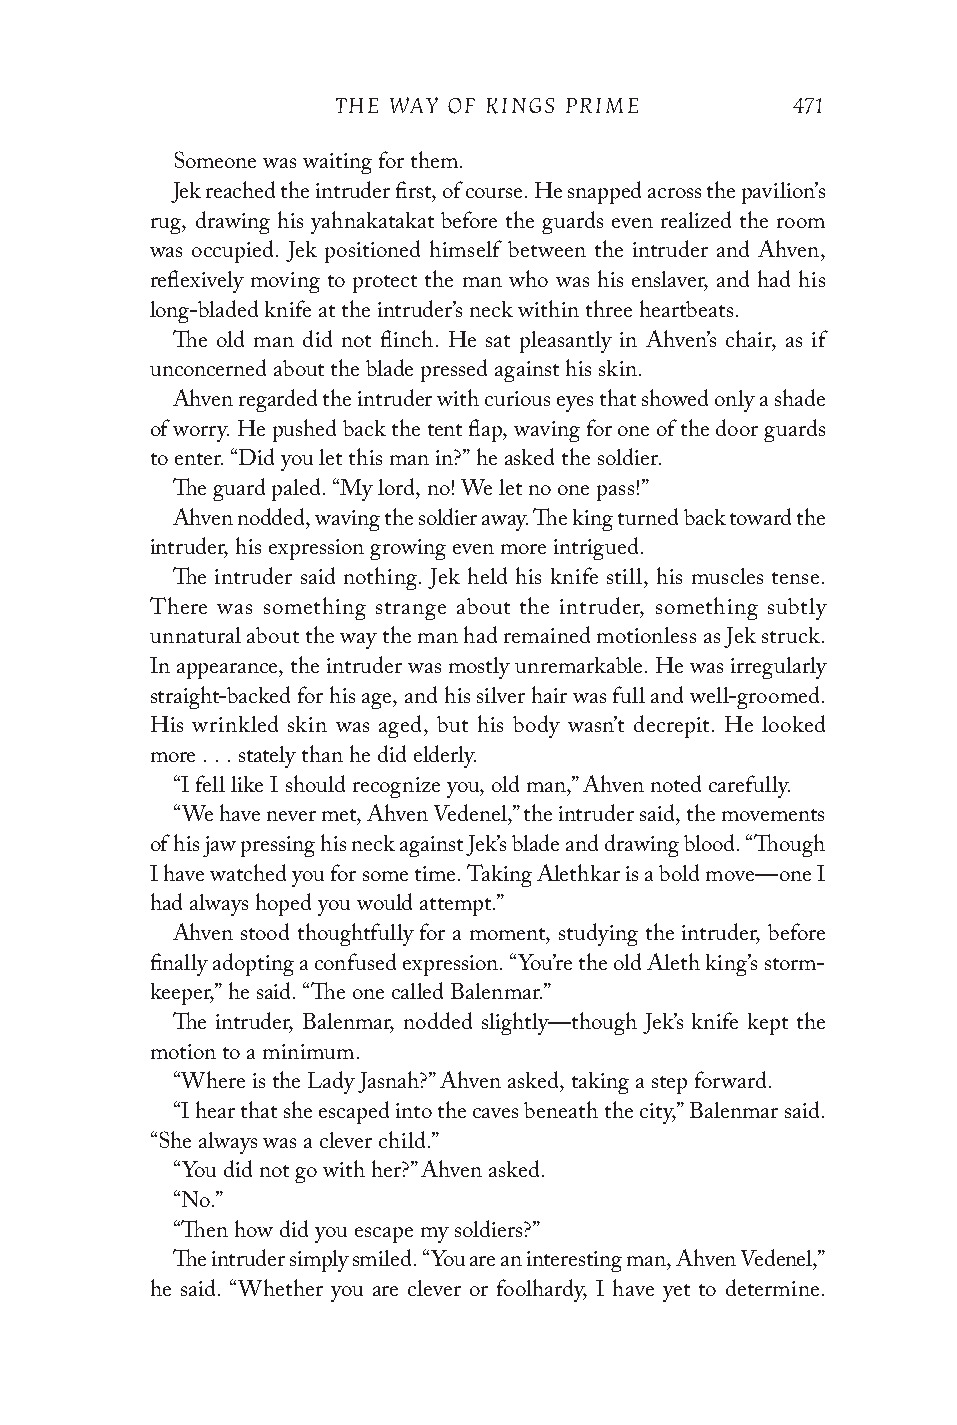
THE WAY OF KINGS PRIME        471
 Someone was waiting for them.
 Jek reached the intruder first, of course. He snapped across the pavilion’s
 rug, drawing his yahnakatakat before the guards even realized the room
 was occupied. Jek positioned himself between the intruder and Ahven,
 reflexively moving to protect the man who was his enslaver, and had his
 long-bladed knife at the intruder’s neck within three heartbeats.
 The old man did not flinch. He sat pleasantly in Ahven’s chair, as if
 unconcerned about the blade pressed against his skin.
 Ahven regarded the intruder with curious eyes that showed only a shade
 of worry. He pushed back the tent flap, waving for one of the door guards
 to enter. “Did you let this man in?” he asked the soldier.
 The guard paled. “My lord, no! We let no one pass!”
 Ahven nodded, waving the soldier away. The king turned back toward the
 intruder, his expression growing even more intrigued.
 The intruder said nothing. Jek held his knife still, his muscles tense.
 There was something strange about the intruder, something subtly
 unnatural about the way the man had remained motionless as Jek struck.
 In appearance, the intruder was mostly unremarkable. He was irregularly
 straight-backed for his age, and his silver hair was full and well-groomed.
 His wrinkled skin was aged, but his body wasn’t decrepit. He looked
 more . . . stately than he did elderly.
 “I fell like I should recognize you, old man,” Ahven noted carefully.
 “We have never met, Ahven Vedenel,” the intruder said, the movements
 of his jaw pressing his neck against Jek’s blade and drawing blood. “Though
 I have watched you for some time. Taking Alethkar is a bold move—one I
 had always hoped you would attempt.”
 Ahven stood thoughtfully for a moment, studying the intruder, before
 finally adopting a confused expression. “You’re the old Aleth king’s storm-
 keeper,” he said. “The one called Balenmar.”
 The intruder, Balenmar, nodded slightly—though Jek’s knife kept the
 motion to a minimum.
 “Where is the Lady Jasnah?” Ahven asked, taking a step forward.
 “I hear that she escaped into the caves beneath the city,” Balenmar said.
 “She always was a clever child.”
 “You did not go with her?” Ahven asked.
 “No.”
 “Then how did you escape my soldiers?”
 The intruder simply smiled. “You are an interesting man, Ahven Vedenel,”
 he said. “Whether you are clever or foolhardy, I have yet to determine.